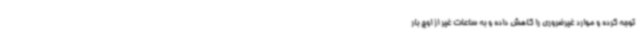
توجه کرده و موارد غیرضروری را کاهش داده و به ساعات غیر از اوج بار